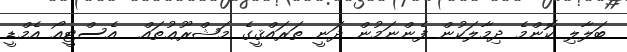
ބަލާލި ކޮންމެ ދިމާލަކުން ފެންނަމުން ދަނީ ތަރައްޤީގެ މަޝްރޫޢުތައް  އެސްޓީއޯ އެމްޑީ